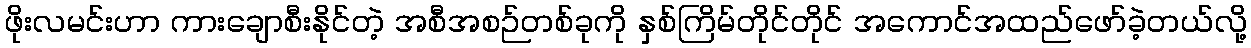
ဖိုးလမင်းဟာ ကားချောစီးနိုင်တဲ့ အစီအစဉ်တစ်ခုကို နှစ်ကြိမ်တိုင်တိုင် အကောင်အထည်ဖော်ခဲ့တယ်လို့